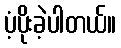
ပံ့ပိုးခဲ့ပါတယ်။